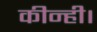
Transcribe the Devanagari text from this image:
कीन्ही।